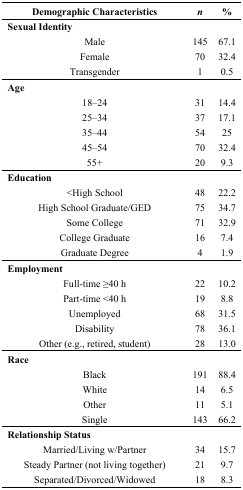
<table><thead><tr><td><b>Demographic Characteristics</b></td><td><b><i>n</i></b></td><td><b>%</b></td></tr></thead><tbody><tr><td colspan="3"><b>Sexual Identity</b></td></tr><tr><td>Male</td><td>145</td><td>67.1</td></tr><tr><td>Female</td><td>70</td><td>32.4</td></tr><tr><td>Transgender</td><td>1</td><td>0.5</td></tr><tr><td colspan="3"><b>Age</b></td></tr><tr><td>18–24</td><td>31</td><td>14.4</td></tr><tr><td>25–34</td><td>37</td><td>17.1</td></tr><tr><td>35–44</td><td>54</td><td>25</td></tr><tr><td>45–54</td><td>70</td><td>32.4</td></tr><tr><td>55+</td><td>20</td><td>9.3</td></tr><tr><td colspan="3"><b>Education</b></td></tr><tr><td>&lt;High School</td><td>48</td><td>22.2</td></tr><tr><td>High School Graduate/GED</td><td>75</td><td>34.7</td></tr><tr><td>Some College</td><td>71</td><td>32.9</td></tr><tr><td>College Graduate</td><td>16</td><td>7.4</td></tr><tr><td>Graduate Degree</td><td>4</td><td>1.9</td></tr><tr><td colspan="3"><b>Employment</b></td></tr><tr><td>Full-time ≥40 h</td><td>22</td><td>10.2</td></tr><tr><td>Part-time &lt;40 h</td><td>19</td><td>8.8</td></tr><tr><td>Unemployed</td><td>68</td><td>31.5</td></tr><tr><td>Disability</td><td>78</td><td>36.1</td></tr><tr><td>Other (e.g., retired, student)</td><td>28</td><td>13.0</td></tr><tr><td colspan="3"><b>Race</b></td></tr><tr><td>Black</td><td>191</td><td>88.4</td></tr><tr><td>White</td><td>14</td><td>6.5</td></tr><tr><td>Other</td><td>11</td><td>5.1</td></tr><tr><td>Single</td><td>143</td><td>66.2</td></tr><tr><td colspan="3"><b>Relationship Status</b></td></tr><tr><td>Married/Living w/Partner</td><td>34</td><td>15.7</td></tr><tr><td>Steady Partner (not living together)</td><td>21</td><td>9.7</td></tr><tr><td>Separated/Divorced/Widowed</td><td>18</td><td>8.3</td></tr></tbody></table>